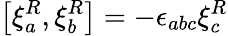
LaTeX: \left[\xi_{a}^{R},\xi_{b}^{R}\right]=-\epsilon_{abc}\xi_{c}^{R}